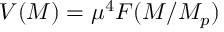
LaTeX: V ( { \cal M } ) = \mu ^ { 4 } { \cal F } ( { \cal M } / M _ { p } )